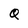
Character: Q